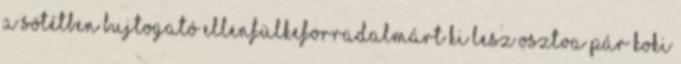
a sötétben bujtogató ellenfülkeforradalmárt Ki lesz osztva pár koki